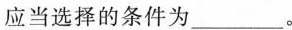
应当选择的条件为___。